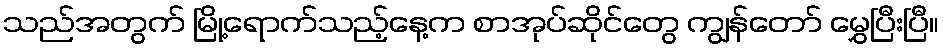
သည်အတွက် မြို့ရောက်သည့်နေ့က စာအုပ်ဆိုင်တွေ ကျွန်တော် မွှေပြီးပြီ။